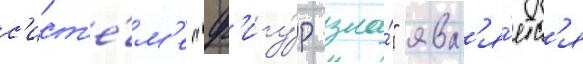
с'ист'е́м'е "ф'игу́р зла́" явл'я́етс'я